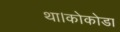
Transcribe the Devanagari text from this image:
था।कोकोडा